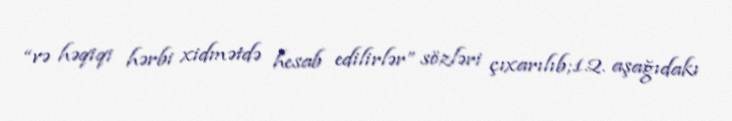
“və həqiqi hərbi xidmətdə hesab edilirlər” sözləri çıxarılıb;1.2. aşağıdakı